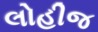
લોહીજ